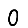
Digit: 0